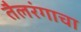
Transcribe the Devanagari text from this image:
तैलरंगाचा